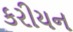
કરીયન